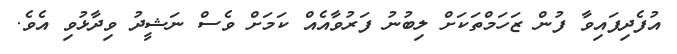
އުފެދިފައިވާ ފުން ޒަހަމްތަކަށް ލިބުނު ފަރުވާއެއް ކަމަށް ވެސް ނަޝީދު ވިދާޅުވި އެވެ.